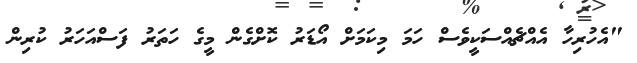
"އެހުރިހާ އެއްޗެއްސަކީވެސް ހަމަ މިކަމަށް އޯޑަރު ކޮށްގެން މީގެ ހަތަރު ފަސްއަހަރު ކުރިން